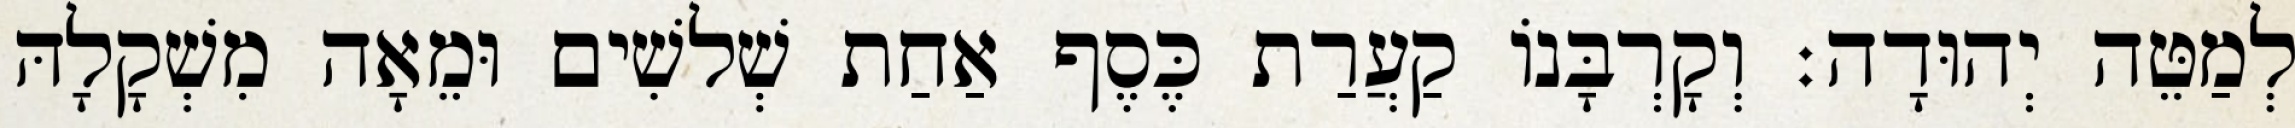
לְמַטֵּה יְהוּדָה׃ וְקָרְבָּנוֹ קַעֲרַת כֶּסֶף אַחַת שְׁלשִׁים וּמֵאָה מִשְׁקָלָהּ